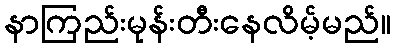
နာကြည်းမုန်းတီးနေလိမ့်မည်။